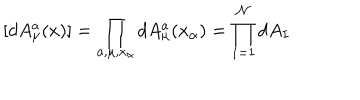
LaTeX: [ d A _ { \mu } ^ { a } ( x ) ] = { \prod _ { a , \mu , x _ { \alpha } } d A _ { \mu } ^ { a } ( x _ { \alpha } ) = { \prod _ { I = 1 } ^ { \mathcal { N } } d A _ { I } } }